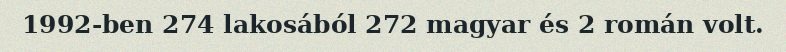
1992-ben 274 lakosából 272 magyar és 2 román volt.